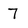
Character: 7